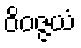
ဝိဝဇ္ဇယံ